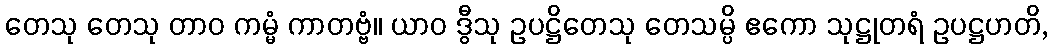
တေသု တေသု တာဝ ကမ္မံ ကာတဗ္ဗံ။ ယာဝ ဒွီသု ဥပဋ္ဌိတေသု တေသမ္ပိ ဧကော သုဋ္ဌုတရံ ဥပဋ္ဌဟတိ,